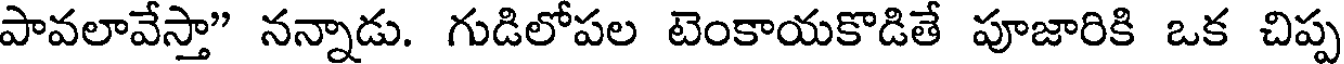
పావలావేస్తా" నన్నాడు. గుడిలోపల టెంకాయకొడితే పూజారికి ఒక చిప్ప